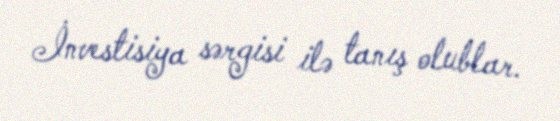
İnvestisiya sərgisi ilə tanış olublar.